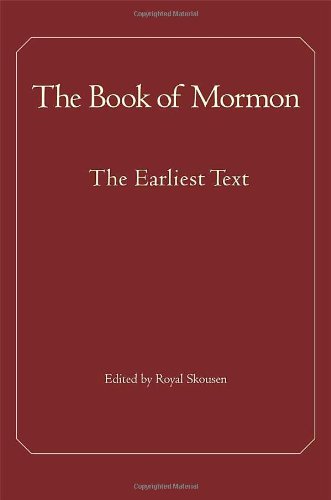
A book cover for The Book of Mormon: The Earliest Text; Christian Books & Bibles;